Annual report of lunatic asylums [Bombay] - 1912-1922
Year: 1912
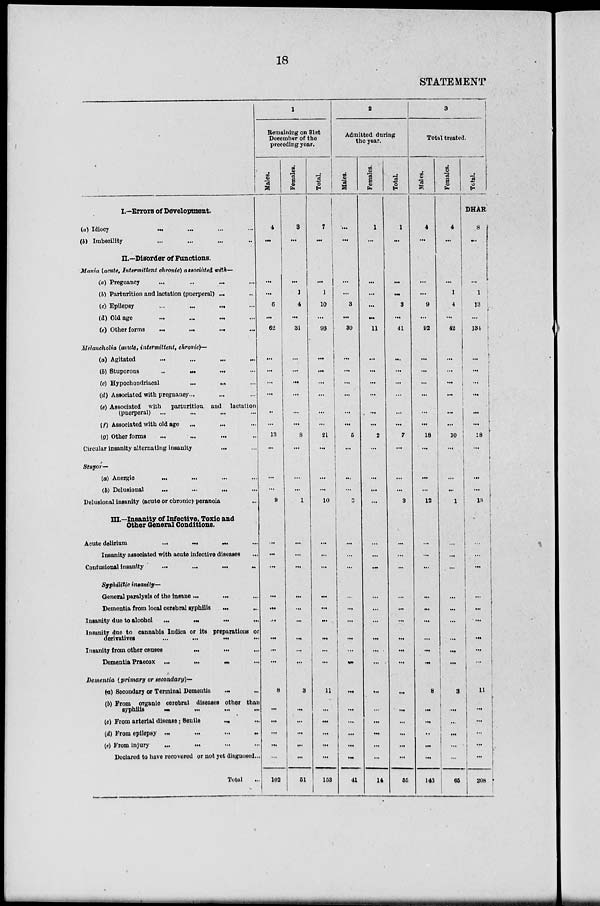
18
STATEMENT
I.—Errors of Development.
(a) Idiocy
...
...
...
...
(b) Imbecility ... ... ... ...
II.—Disorder of Functions.
Mania (acute, Intermittent chronic) associàted with—
(a) Pregnancy ... ... ... ...
(b) Parturition and lactation (puerperal) ... ...
(c) Epilepsy
...
...
...
...
(d) Old age
...
...
...
...
(e) Other forms
...
...
...
...
Melancholia (acute, intermittent, chronic)—
(a) Agitated ... ... ... ...
(b) Stuporous
...
...
...
...
(c) Hypochondriacal
...
...
...
(d) Associated with pregnancy ... ... ...
(e) Associated with parturition and lactation
(puerperal) ... ... ... ...
(f) Associated with old age
...
...
...
(g) Other forms ... ... ... ...
Circular insanity alternating insanity ... ...
Stupor—
(a) Anergic
...
...
...
...
(b) Delusional
...
...
...
...
Delusional insanity (acute or chronic) peranoia ...
III.—Insanity of Infective, Toxic and
Other General Conditions.
Acute delirium
...
...
...
...
Insanity associated with acute infective diseases ...
Confusional insanity
...
...
...
...
Syphilitic insanity—
General paralysis of the insane ... ... ...
Dementia from local cerebral syphilis ... ...
Insanity due to alcohol
...
...
...
...
Insanity due to cannabis Indica or its preparations or
derivatives
...
...
...
...
Insanity from other causes ... ... ...
Dementia Praecox
...
...
...
...
Dementia (primary or secondary)—
(a) Secondary or Terminal Dementia ... ...
(b) From organic cerebral diseases other than
syphilis
...
...
...
...
(c) From arterial disease; Senile ... ...
(d) From epilepsy
...
...
...
...
(e) From injury ... ... ... ...
Declared to have recovered or not yet diagnosed ...
Total ...
1
Remaining on 31st
December of the
preceding year.
Males.
4
...
...
...
6
...
62
...
...
...
...
...
...
13
...
...
...
9
...
...
...
...
...
...
...
...
...
8
...
...
...
...
...
102
Females.
3
...
...
1
4
...
31
...
...
...
...
...
...
8
...
...
...
1
...
...
...
...
...
...
...
...
...
3
...
...
...
...
...
51
Total.
7
...
...
1
10
...
93
...
...
...
...
...
...
21
...
...
...
10
...
...
...
...
...
...
...
...
...
11
...
...
...
...
...
153
2
Admitted during
the year.
Males.
...
...
...
...
3
...
30
...
...
...
...
...
...
5
...
...
...
3
...
...
...
...
...
...
...
...
...
...
...
...
...
...
...
41
Females.
1
...
...
...
...
...
11
...
...
...
...
...
...
2
...
...
...
...
...
...
...
...
...
...
...
...
...
...
...
...
...
...
...
14
Total.
1
...
...
...
3
...
41
...
...
...
...
...
...
7
...
...
...
3
...
...
...
...
...
...
...
...
...
...
...
...
...
...
...
55
3
Total treated.
Males.
4
...
...
...
9
...
92
...
...
...
...
...
...
18
...
...
...
12
...
...
...
...
...
...
...
...
...
8
...
...
...
...
...
143
Females.
4
...
...
1
4
...
42
...
...
...
...
...
...
10
...
...
...
1
...
...
...
...
...
...
...
...
...
3
...
...
...
...
...
65
Total.
DHAR
8
...
...
1
13
...
134
...
...
...
...
...
...
28
...
...
...
13
...
...
...
...
...
...
...
...
...
11
...
...
...
...
...
208